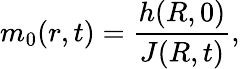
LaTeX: m_{0}(r,t)=\frac{h(R,0)}{J(R,t)},